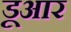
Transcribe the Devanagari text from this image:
डूआर